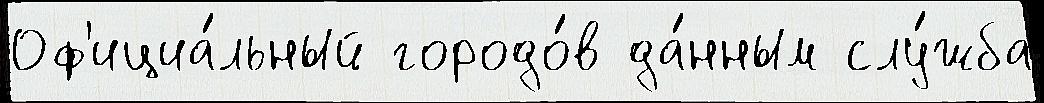
Оф'ициа́льный городо́в да́нным слу́жба